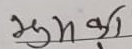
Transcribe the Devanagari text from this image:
शुभका